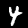
Digit: 4